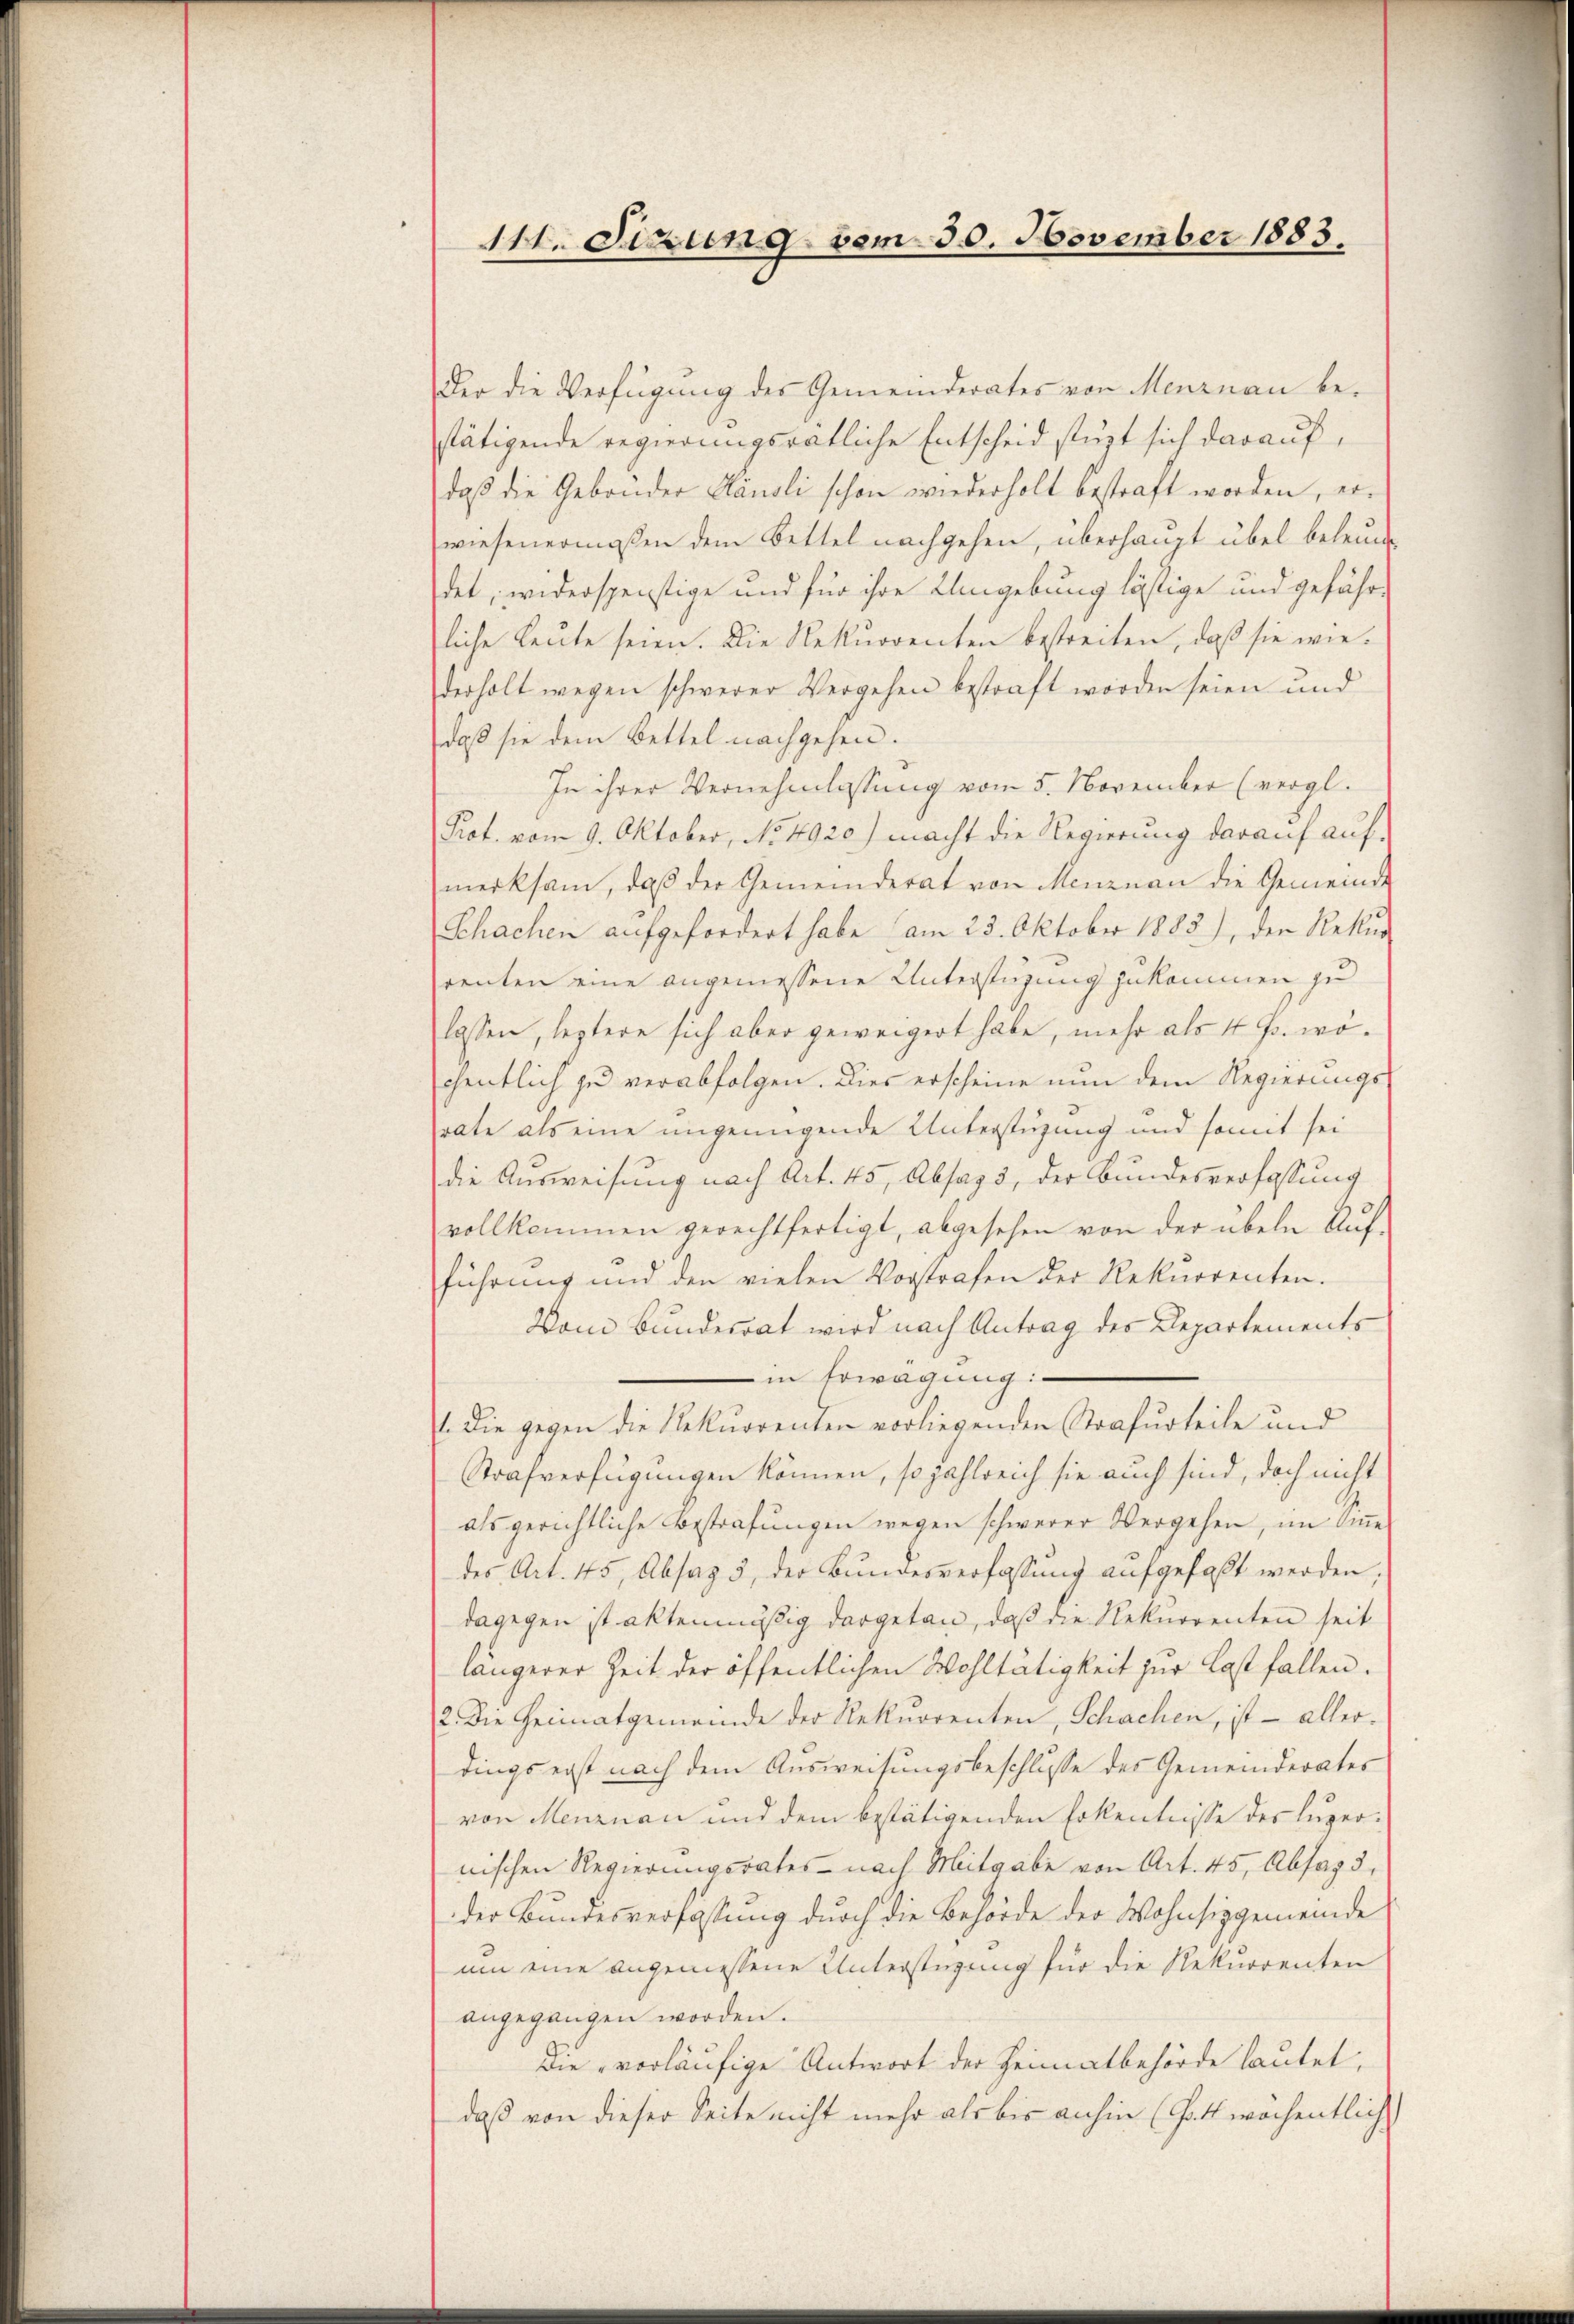
111. Figung dem 30. November 1883.

Der die Verfügung des Gemeinderates von Meurnau bestätigende Regierungsratliche Entscheid stüzt sich darauf,
daß die Gebonder Dändli schon wiederholt bestraft worden, er-
wiesenermaßen dem Bettel nachgehen, überhaupt übel beleundet, widerspenstige und für ihre Umgebung lästige und gefährliche Leute seien. Die Rekurrenten bestreiten, daβ sie wie-
derholt wegen schwerer Vergehen bestraft worden seien und
daß sie dem Bettel nachgehen.
In ihrer Vernehmlassung vom 5. November (vergl.
Prot. vom 9. Oktober, No 4920.) macht die Regierung darauf auf-
merksam, daβ der Gemeinderat von Menznau die Gemeinde
Schachen aufgefordert habe am 23. Oktober 1883), den Rekur
renten eine angemessene Unterstüzung zukommen zu
lassen, leztere sich aber geweigert habe, mehr als 4 J. wochentlich zu verabfolgen. Dies erscheine nun dem Regierungs-
rate als eine ungenügende Unterstüzung und somit sei
die Ausweisung nach Art. 45, Absag 5, der Bundesverfassung
vollkommen gerechtfertigt, abgesehen von der übeln Auf
führung und den vielen Vorstrafen der Rekurrenten.
Vom Bundesrat wird nach Antrag des Departements
in Erwägung:
1. Die gegen die Rekurrenten vorliegenden Strafurteile und
Strafverfügungen können, so zahlreich sie auch sind, doch nicht
als gerichtliche Bestrafungen wegen schwerer Vergehen, im Amedes Art. 45, Absaz 3, der Bŭndesverfassŭng aŭfgefaßt werden;
dagegen ist aktenmäßig dargetan, daß die Rekurrenten seit
längerer Zeit der öffentlichen Wohltätigkeit zur Last fallen.
2. Die Heimatgemeinde der Rekurrenten, Schachen, ist - aller.
dings erst nach dem Ausweisungsbeschlusse des Gemeinderates
von Menznau und dem bestätigenden Erkenntnisse des Luzernischen Regierungsrates nach Mitgabe von Art. 45, Absag 3.
der Bundesverfassung durch die Behörde der Wohnsizgemeinde
um eine angemessene Unterstüzung für die Rekurrenten
angegangen worden.
Die vorläufige Antwort der Heimatbehörde lautet,
daß von dieser Seite nicht mehr als bis anhin (Hatt wöchentlich